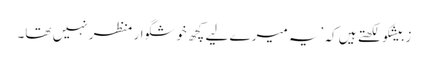
زبیشکو لکھتے ہیں کہ ’یہ میرے لیے کچھ خوشگوار منظر نہیں تھا۔